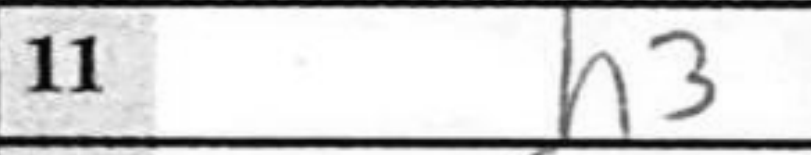
Transcription: h3